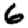
Digit: 6